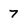
Character: 7